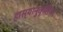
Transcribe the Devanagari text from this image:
हास्यानुकृतिपर